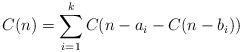
LaTeX: \begin{align*} C(n) = \displaystyle \sum_{i=1}^k C(n-a_i-C(n-b_i)) \end{align*}